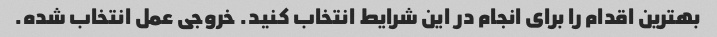
بهترین اقدام را برای انجام در این شرایط انتخاب کنید. خروجی عمل انتخاب شده.